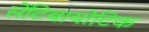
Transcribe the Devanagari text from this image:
सेंटिबायोटिक